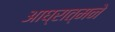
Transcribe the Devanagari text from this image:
आघ्रात्मने